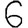
Digit: 6